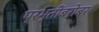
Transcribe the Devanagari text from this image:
प्रभृतींबरोबर